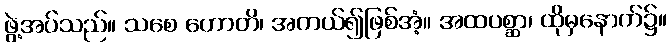
ဖွဲ့အပ်သည်။ သစေ ဟောတိ၊ အကယ်၍ဖြစ်အံ့။ အထပစ္ဆာ၊ ထိုမှနောက်၌။